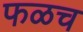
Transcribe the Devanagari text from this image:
फळच